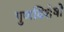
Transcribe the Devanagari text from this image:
गुणविशेषों